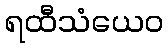
ရထီသံယေဝ